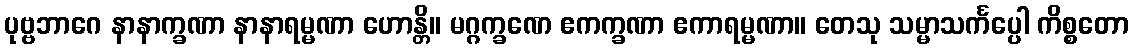
ပုဗ္ဗဘာဂေ နာနာက္ခဏာ နာနာရမ္မဏာ ဟောန္တိ။ မဂ္ဂက္ခဏေ ဧကက္ခဏာ ဧကာရမ္မဏာ။ တေသု သမ္မာသင်္ကပ္ပေါ ကိစ္စတော